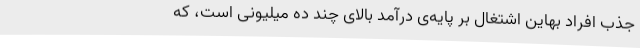
جذب افراد بهاین اشتغال بر پایه‌ی درآمد بالای چند ده میلیونی است، که